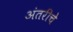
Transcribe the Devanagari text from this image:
अंतरीचे